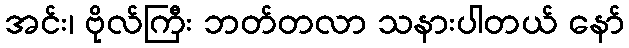
အင်း၊ ဗိုလ်ကြီး ဘတ်တလာ သနားပါတယ် နော်